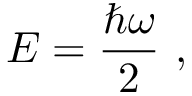
{ \cal E } = { \frac { \hbar \omega } { 2 } } \, \, ,